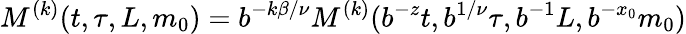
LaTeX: M^{(k)}(t,\tau,L,m_{0})=b^{-k\beta/\nu}M^{(k)}(b^{-z}t,b^{1/\nu}\tau,b^{-1}L,b^{-x_{0}}m_{0})